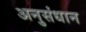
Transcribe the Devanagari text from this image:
अनुसंधान